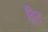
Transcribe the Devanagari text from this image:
ट्रिट